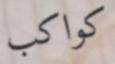
كواكب